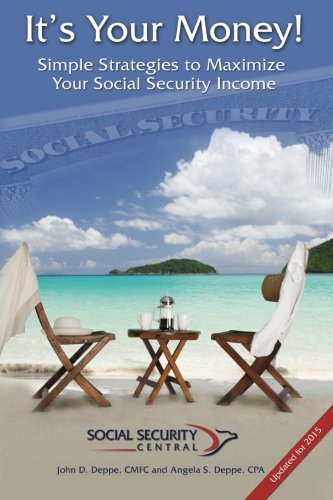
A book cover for It's Your Money!: Simple Strategies to Maximize Your Social Security Income; Angela S Deppe CPA; Business & Money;